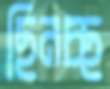
ছিনচ্ছ